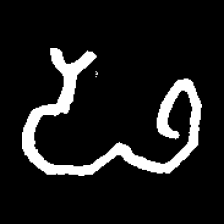
Pyu character \u2014 Myanmar letter: ဖ (romanized: pha)